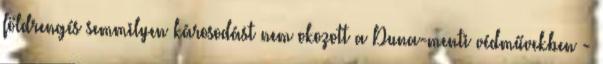
földrengés semmilyen károsodást nem okozott a Duna-menti védművekben -